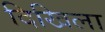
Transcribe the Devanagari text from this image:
दिखिला